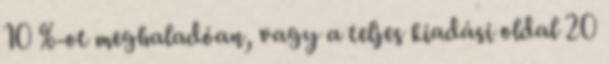
10 %-ot meghaladóan, vagy a teljes kiadási oldal 20